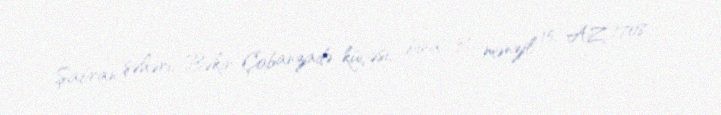
Şabran şəhəri, Bəkir Çobanzadə küçəsi, bina 31, mənzil 15, AZ 1708